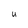
Character: U